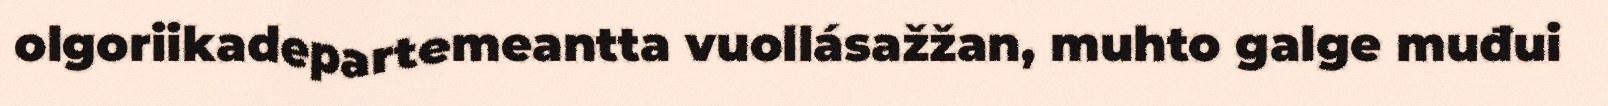
olgoriikadepartemeantta vuollásažžan, muhto galge muđui